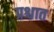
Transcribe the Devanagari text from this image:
प्रश्चात